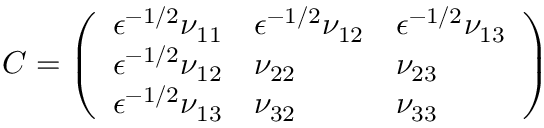
C = \left( \begin{array} { l l l } { \epsilon ^ { - 1 / 2 } \nu _ { 1 1 } } & { \epsilon ^ { - 1 / 2 } \nu _ { 1 2 } } & { \epsilon ^ { - 1 / 2 } \nu _ { 1 3 } } \\ { \epsilon ^ { - 1 / 2 } \nu _ { 1 2 } } & { \nu _ { 2 2 } } & { \nu _ { 2 3 } } \\ { \epsilon ^ { - 1 / 2 } \nu _ { 1 3 } } & { \nu _ { 3 2 } } & { \nu _ { 3 3 } } \end{array} \right)